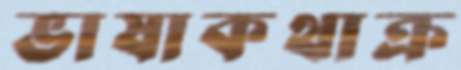
ভাষাকথাক্র